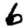
Digit: 6